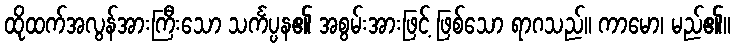
ထိုထက်အလွန်အားကြီးသော သင်္ကပ္ပန၏ အစွမ်းအားဖြင့် ဖြစ်သော ရာဂသည်။ ကာမော၊ မည်၏။